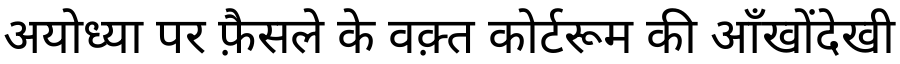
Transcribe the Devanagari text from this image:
अयोध्या पर फ़ैसले के वक़्त कोर्टरूम की आँखोंदेखी